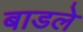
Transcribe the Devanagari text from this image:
बाडले